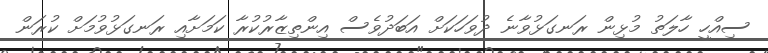
ސިއްހީ ހާލަތު މުޅިން ރަނގަޅުވާނެ ދުވަހަކަށް އަބަދުވެސް އިންތިޒާރުކުރާ ކަމަށާއި ރަނގަޅުވުމަށް ކުރަން